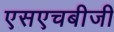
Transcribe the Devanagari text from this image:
एसएचबीजी